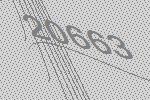
20663